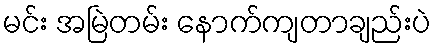
မင်း အမြဲတမ်း နောက်ကျတာချည်းပဲ